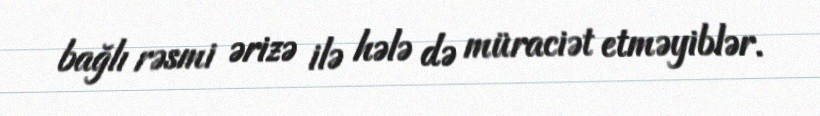
bağlı rəsmi ərizə ilə hələ də müraciət etməyiblər.